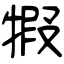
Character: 犌